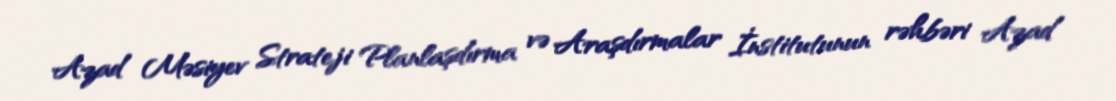
Azad Məsiyev Strateji Planlaşdırma və Araşdırmalar İnstitutunun rəhbəri Azad